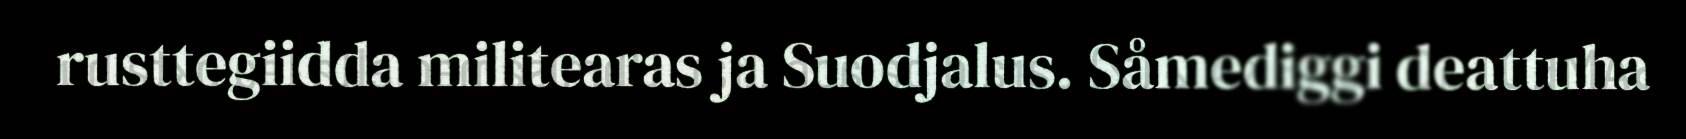
rusttegiidda militearas ja Suodjalus. Såmediggi deattuha